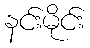
နင်းမိုင်း